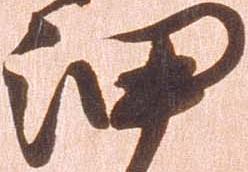
細